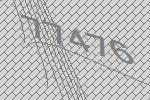
77476